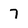
Character: 7